Lock hospitals Punjab
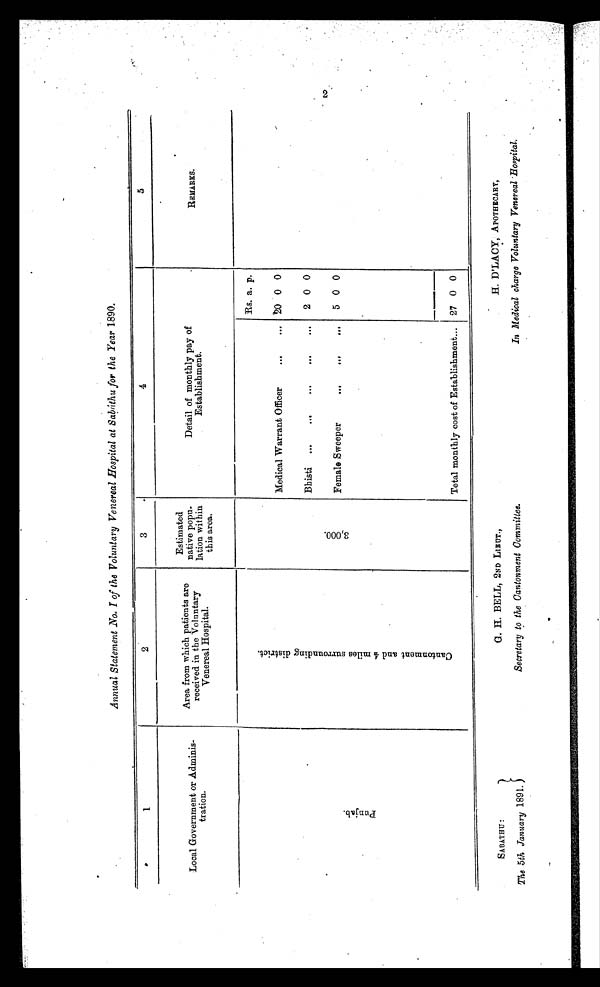
SABATHU :
The 5th January 1891.
G. H. BELL, 2ND LIEUT.,
Secretary to the Cantonment Committee.
H. D'LACY, APOTHECARY,
In Medical charge Voluntary Venereal Hospital.
Annual Statement No. I of the Voluntary Venereal Hospital at Sabrithu for the Year 1890.
1
2
3
4
5
Local Government or Adminis-
tration.
Area from which patients are
received in the Voluntary
Venereal Hospital.
Estimated
native popu-
lation within
this area.
Detail of monthly pay of
Establishment.
REMARKS.
P u n j a b .
C a n t o n m e n t a n d 4 m i l e s s u r r o u n d i n g d i s t r i c t .
3 , 0 0 0 .
Rs. a. P.
Medical Warrant Officer
...
. . .
2 0 0 0
Bh isti
...
...
...
...
...
2 0 0
Female Sweeper
...
...
. . .
5 0 0
Total monthly cost of Establishment...
27 0 0